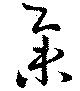
挙